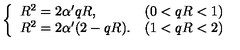
\left\{ \begin{array} { l l } { R ^ { 2 } = 2 \alpha ^ { \prime } q R , } & { ( 0 < q R < 1 ) } \\ { R ^ { 2 } = 2 \alpha ^ { \prime } ( 2 - q R ) . } & { ( 1 < q R < 2 ) } \\ \end{array} \right.